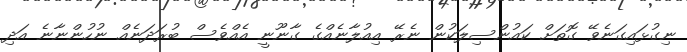
ނިގުޅައިގަނެވޭ ގޮތަށް ކައުންސިލަކުން ނެރޭ އިއުލާނެއްގެ ގާނޫނީ އެއްވެސް ބުރަދަނެއް ނުހުންނާނެ އަދި